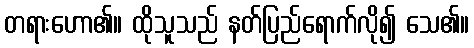
တရားဟော၏။ ထိုသူသည် နတ်ပြည်ရောက်လို၍ သေ၏။